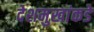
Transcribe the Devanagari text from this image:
देशमुखांकडे